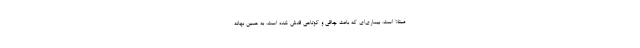
مبتلا است. بیماری‌ای که باعث چاقی و کوتاهی قدش شده است. به همین بهانه